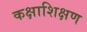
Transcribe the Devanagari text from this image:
कक्षाशिक्षण